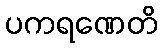
ပကရဏေတိ